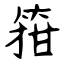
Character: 箝